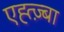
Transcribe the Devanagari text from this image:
एह्त्ज़्बा